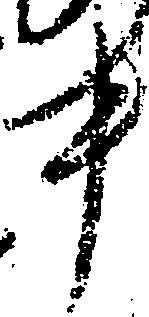
中